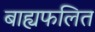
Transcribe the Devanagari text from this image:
बाह्यफलित